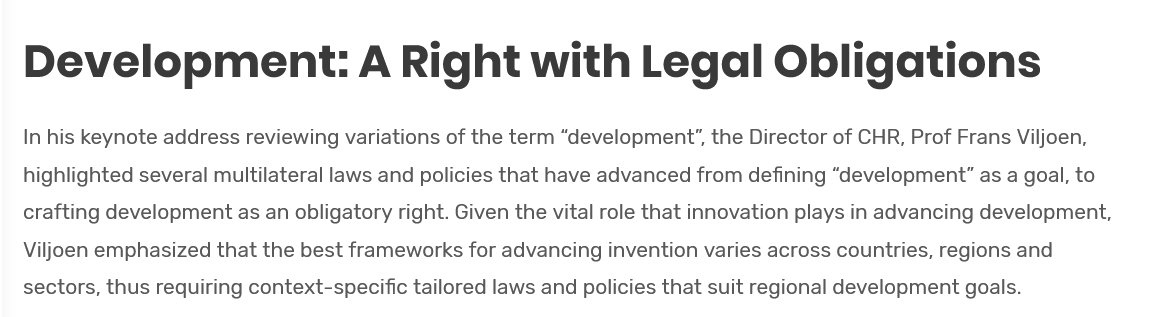
Development:    A   Right    with    Legal    Obligations
   In his keynote address reviewing variations of the term “development”, the Director of CHR, Prof Frans Viljoen,
   highlighted several multilateral laws and policies that have advanced from defining “development” as a goal, to
   crafting development as an obligatory right. Given the vital role that innovation plays in advancing development,
   Viljoen emphasized that the best frameworks for advancing invention varies across countries, regions and
   sectors, thus requiring context-specific tailored laws and policies that suit regional development goals.